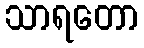
သာရတော